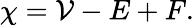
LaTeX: \chi=\mathcal{V}-E+F.